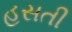
હસતી